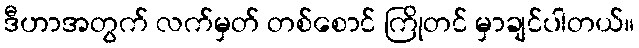
ဒီဟာအတွက် လက်မှတ် တစ်စောင် ကြိုတင် မှာချင်ပါတယ်။